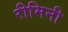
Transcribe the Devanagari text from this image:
रीमिनी